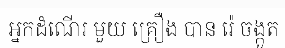
អ្នកដំណើរ មួយ គ្រឿង បាន រ៉េ ចង្កូត